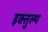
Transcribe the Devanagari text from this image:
इक्तुल्य